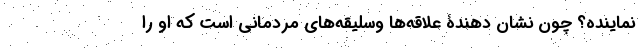
نُماینده؟ چون نشان دهندۀ علاقه‌ها وسلیقه‌های مردمانی است که او را